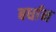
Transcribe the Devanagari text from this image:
बर्धान